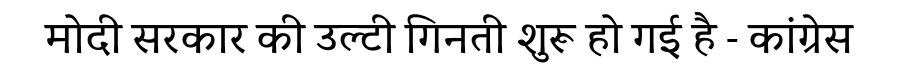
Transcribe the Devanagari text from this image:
मोदी सरकार की उल्टी गिनती शुरू हो गई है - कांग्रेस